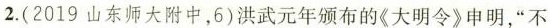
2.(2019山东师大附中，6)洪武元年颁布的《大明令》申明，”不